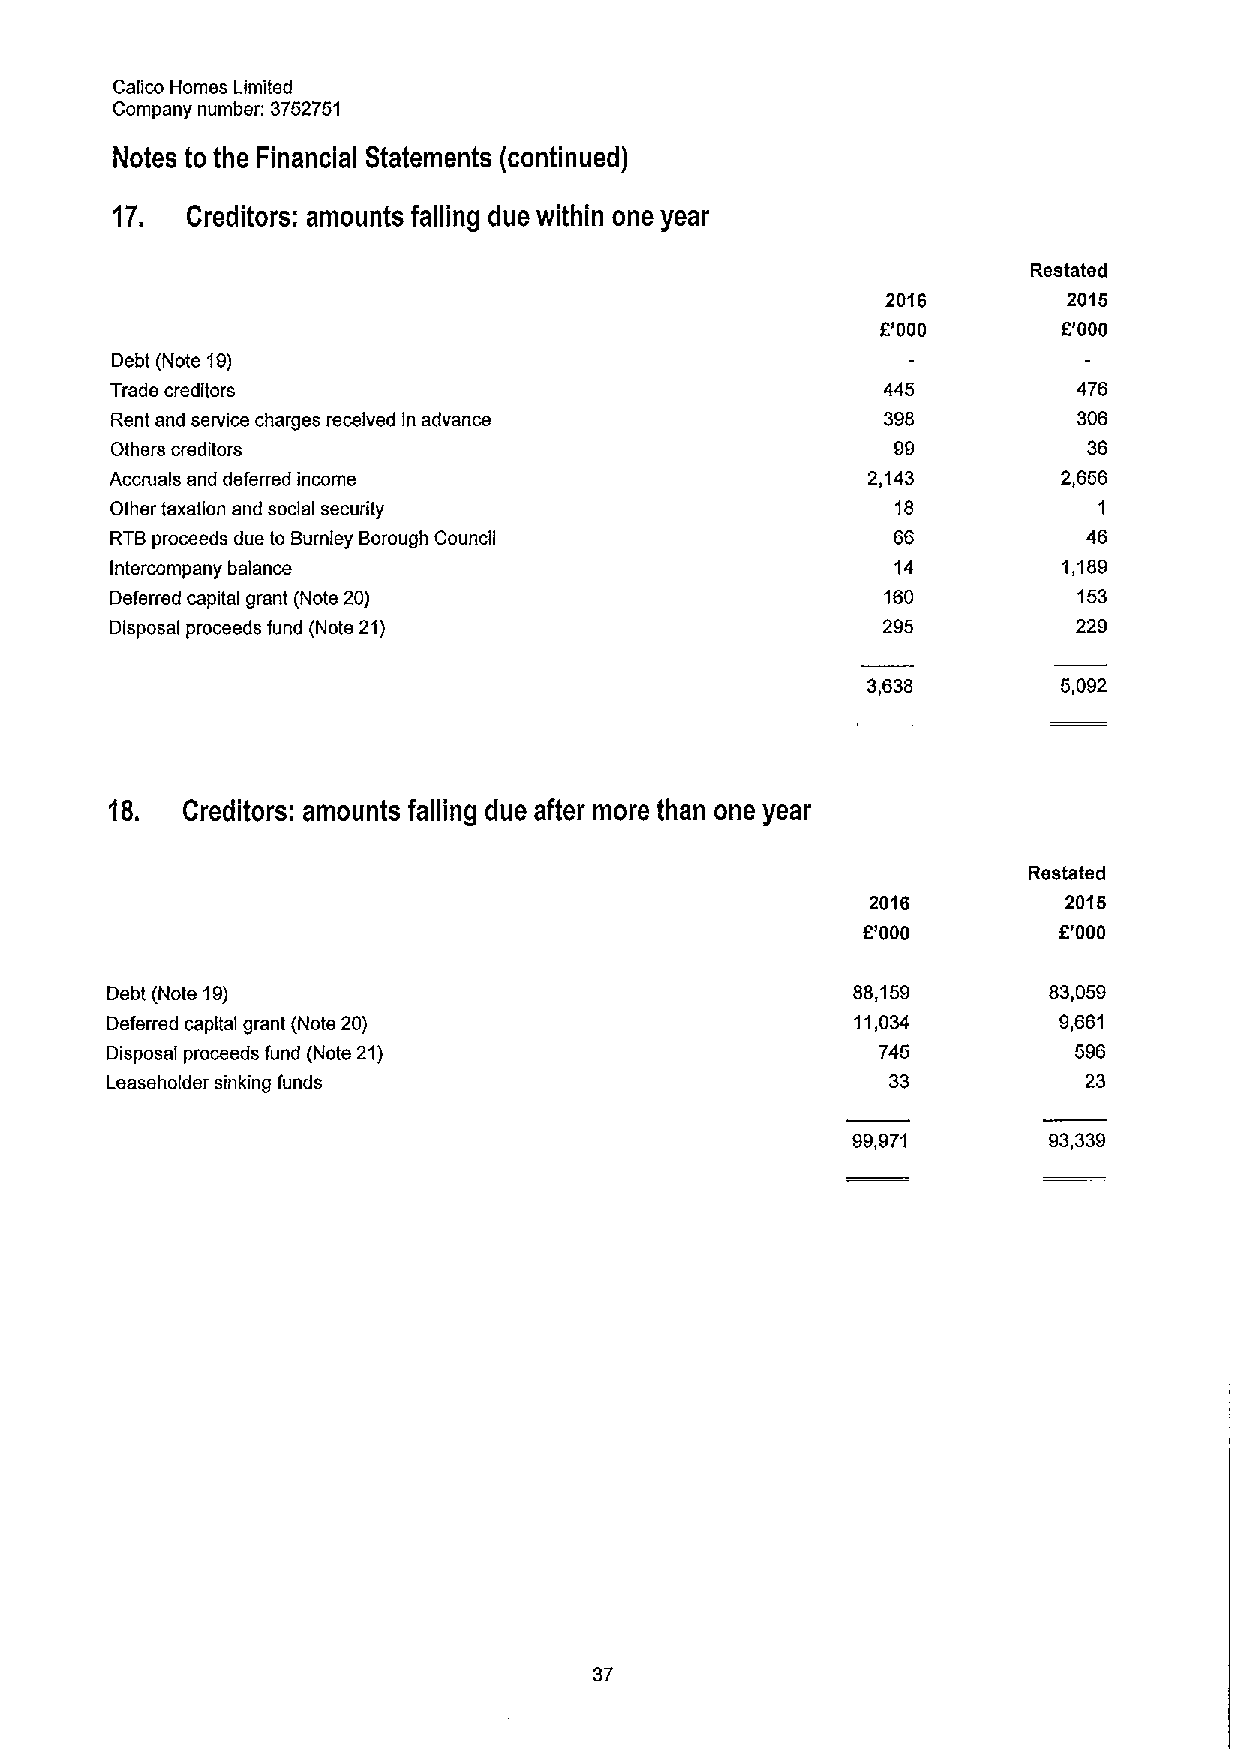
Calico Homes Limited
 Company number: 3752751
 Notes to the Financial Statements (continued)
 17.  Creditors: amounts falling due within one year
 Restated
 2016        2015
 E'000       E'000
 Debt (Note 19)
 Trade creditors                                    445          476
 Rent and service charges received In advance       398          306
 Others creditors                                    99           36
 Accmals and deferred income                       2,143        2,656
 Other taxation and social security                  18            1
 RTBproceeds due to Burnley Borough Council          66           46
 Intercompany balance                                14         1,189
 Deferred capital grant (Note 20)                   160          153
 Disposal proceeds fund (Note 21)                   295          229
 3,638        5,092
 18.  Creditors: amounts falling due after more than one year
 Restated
 2016         2015
 E'000        E'000
 Debt (Note 19)                                   88,159       83,059
 Deferred capital grant (Note 20)                  11,034       9,661
 Disposal proceeds fund (Note 21)                   745          596
 Leaseholder sinking funds                           33           23
 99,971       93,339
 37